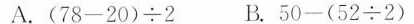
A.$$( 7 8 - 2 0 ) \div 2$$ B.$$5 0 - ( 5 2 \div 2 )$$